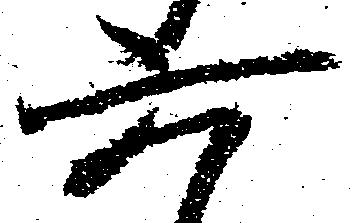
六